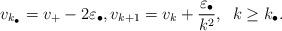
LaTeX: \begin{align*}v_{k_\bullet} = v_+ - 2\varepsilon_\bullet, v_{k+1} = v_k + \frac{\varepsilon_\bullet}{k^2}, \;\; k \geq k_\bullet.\end{align*}